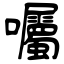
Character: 囑